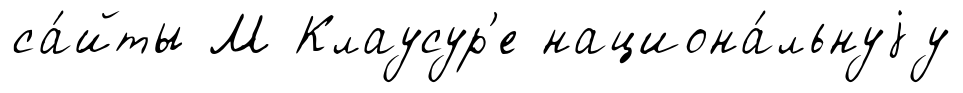
са́йты М Клаусур'е национа́льнуjу